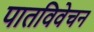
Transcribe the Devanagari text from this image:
पातविवेचन